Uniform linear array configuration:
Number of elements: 12
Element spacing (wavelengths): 0.5
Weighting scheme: binomial
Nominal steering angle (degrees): -60
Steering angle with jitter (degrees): -59.661
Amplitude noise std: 0.05
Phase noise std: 0.05

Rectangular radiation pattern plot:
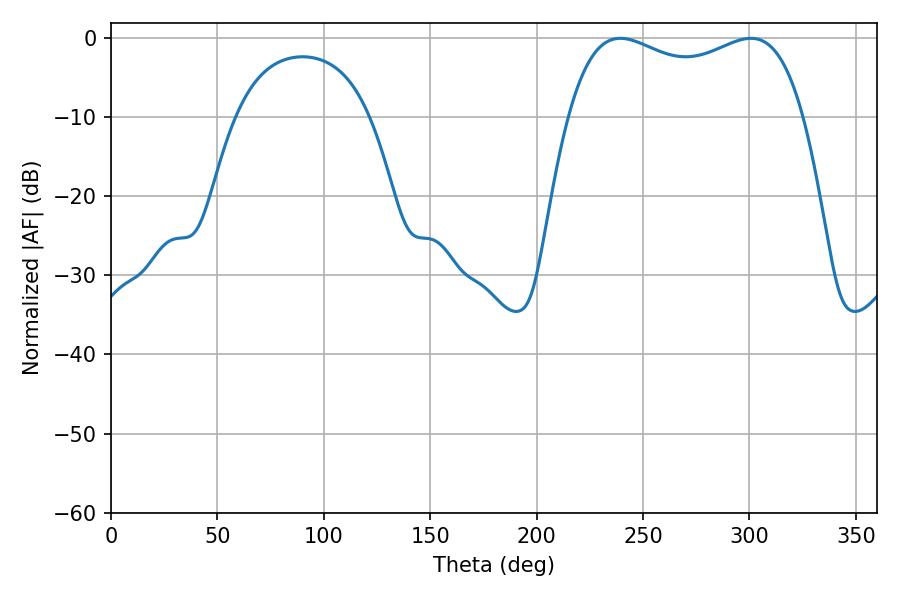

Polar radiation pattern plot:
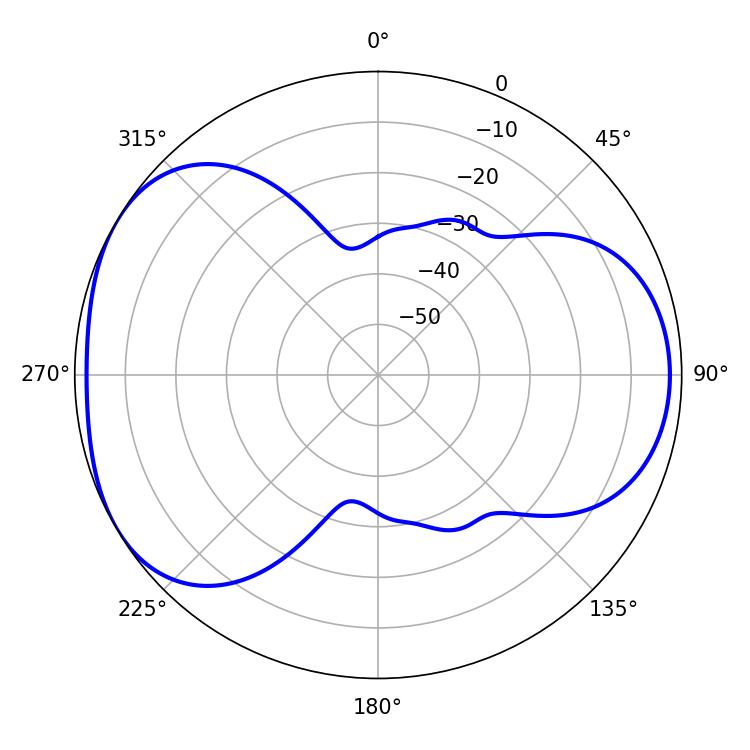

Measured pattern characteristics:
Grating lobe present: FALSE
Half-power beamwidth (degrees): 90.72
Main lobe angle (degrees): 239.4